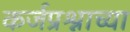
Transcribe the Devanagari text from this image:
कर्जप्रश्नाच्या